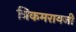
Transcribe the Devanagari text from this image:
त्रिकमरायजी